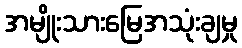
အမျိုးသားမြေအသုံးချမှု